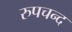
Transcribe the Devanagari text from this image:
रुपचन्द